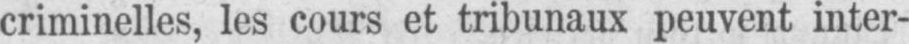
criminelles, les cours et tribunaux peuvent inter-